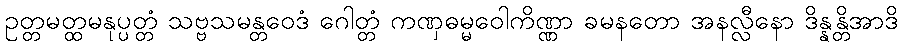
ဥတ္တမတ္ထမနုပ္ပတ္တံ သဗ္ဗသမန္တဝေဒံ ဂေါတ္တံ ကဏှဓမ္မဝေါကိဏ္ဏာ ခမနတော အနလ္လီနော ဒိန္နန္တိအာဒိ